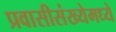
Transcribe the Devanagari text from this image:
प्रवासीसंख्येमध्ये